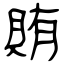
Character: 賄